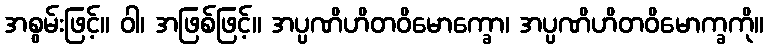
အစွမ်းဖြင့်။ ဝါ၊ အဖြစ်ဖြင့်။ အပ္ပဏိဟိတဝိမောက္ခော၊ အပ္ပဏိဟိတဝိမောက္ခကို။